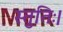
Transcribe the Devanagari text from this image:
स्तुतिः।